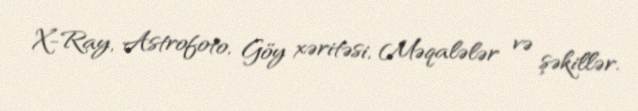
X-Ray, Astrofoto, Göy xəritəsi, Məqalələr və şəkillər.